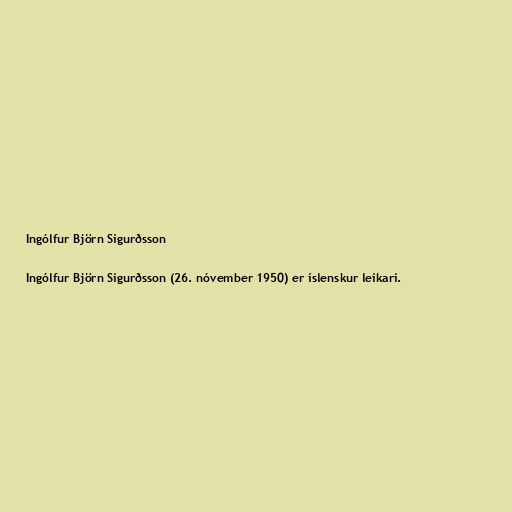
Ingólfur Björn Sigurðsson

Ingólfur Björn Sigurðsson (26. nóvember 1950) er íslenskur leikari.